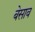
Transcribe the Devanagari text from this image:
बेसाव